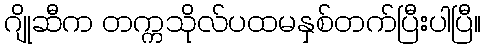
ဂျိုဆီက တက္ကသိုလ်ပထမနှစ်တက်ပြီးပါပြီ။